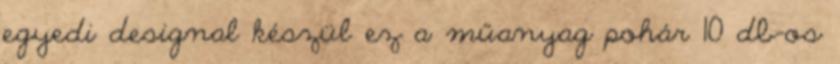
egyedi designal készül ez a műanyag pohár 10 db-os